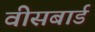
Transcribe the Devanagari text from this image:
वीसबार्ड